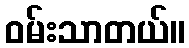
ဝမ်းသာတယ်။